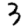
Digit: 3